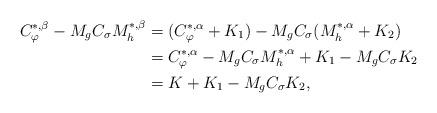
\begin{align*}C_{\varphi}^{*,\beta} - M_{g}C_{\sigma}M_h^{*,\beta} & = (C_{\varphi}^{*,\alpha}+K_1) - M_{g}C_{\sigma}(M_h^{*,\alpha}+K_2)\\& = C_{\varphi}^{*,\alpha} - M_{g}C_{\sigma}M_h^{*,\alpha} + K_1 - M_{g}C_{\sigma}K_2\\& = K + K_1 - M_gC_{\sigma}K_2,\end{align*}